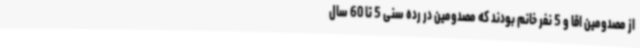
از مصدومین اقا و 5 نفر خانم بودند که مصدومین در رده سنی 5 تا 60 سال